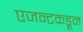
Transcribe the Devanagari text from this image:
एजन्टकडून